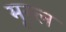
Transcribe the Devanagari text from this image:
मूरल